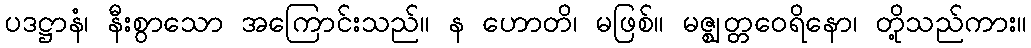
ပဒဋ္ဌာနံ၊ နီးစွာသော အကြောင်းသည်။ န ဟောတိ၊ မဖြစ်။ မဇ္ဈတ္တဝေရိနော၊ တို့သည်ကား။